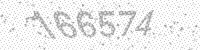
Solution: 166574